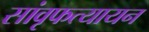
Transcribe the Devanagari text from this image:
सांवृफत्यायन